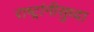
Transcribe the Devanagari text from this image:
राष्ट्रांनीसुध्दा